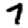
Digit: 7